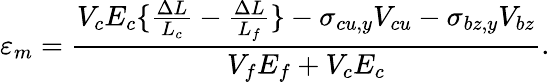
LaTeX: \varepsilon_{m}={\frac{V_{c}E_{c}\{ {\frac{\Delta L}{L_{c}}}-{\frac{\Delta L}{L_{f}}}\} -\sigma_{cu,y}V_{cu}-\sigma_{bz,y}V_{bz}}{V_{f}E_{f}+V_{c}E_{c}}}.